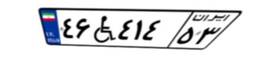
۰۳W۹۹۰۰۶